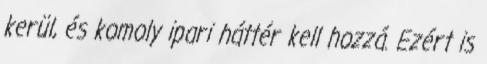
kerül, és komoly ipari háttér kell hozzá. Ezért is